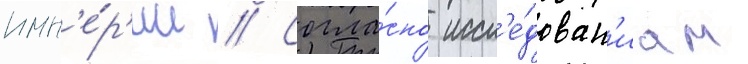
имп'е́р'ии // Согла́сно иссл'е́дован'иам